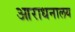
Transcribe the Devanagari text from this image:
आराधनालय